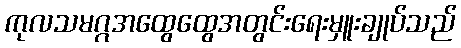
ကုလသမဂ္ဂအထွေထွေအတွင်းရေးမှူးချုပ်သည်